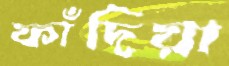
ফাঁদিয়া